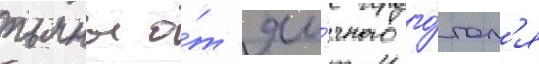
пьяны о́т яи́чного го́гол'я